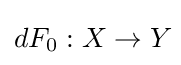
dF_{0}:X\to Y\!